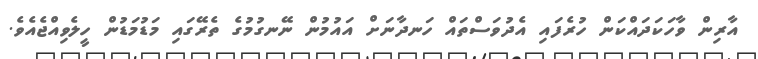
އާރިން ވާހަކަދައްކަން ހުރެފައި އެދުވަސްތައް ހަނދާނަށް އައުމުން ނޭނގުމުގެ ތެރޭގައި މަޑުމަޑުން ހީލެވިއްޖެއެވެ.